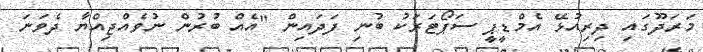
މަރަދޫގައި ދިރިއުޅޭ އެމްޑީޕީ ސަޕޯޓަރަކު ބުނި ފަދައިން "އެއް ބުރުން ނުވެއްޖިއްޔާ ދެވަނަ